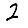
Digit: 2